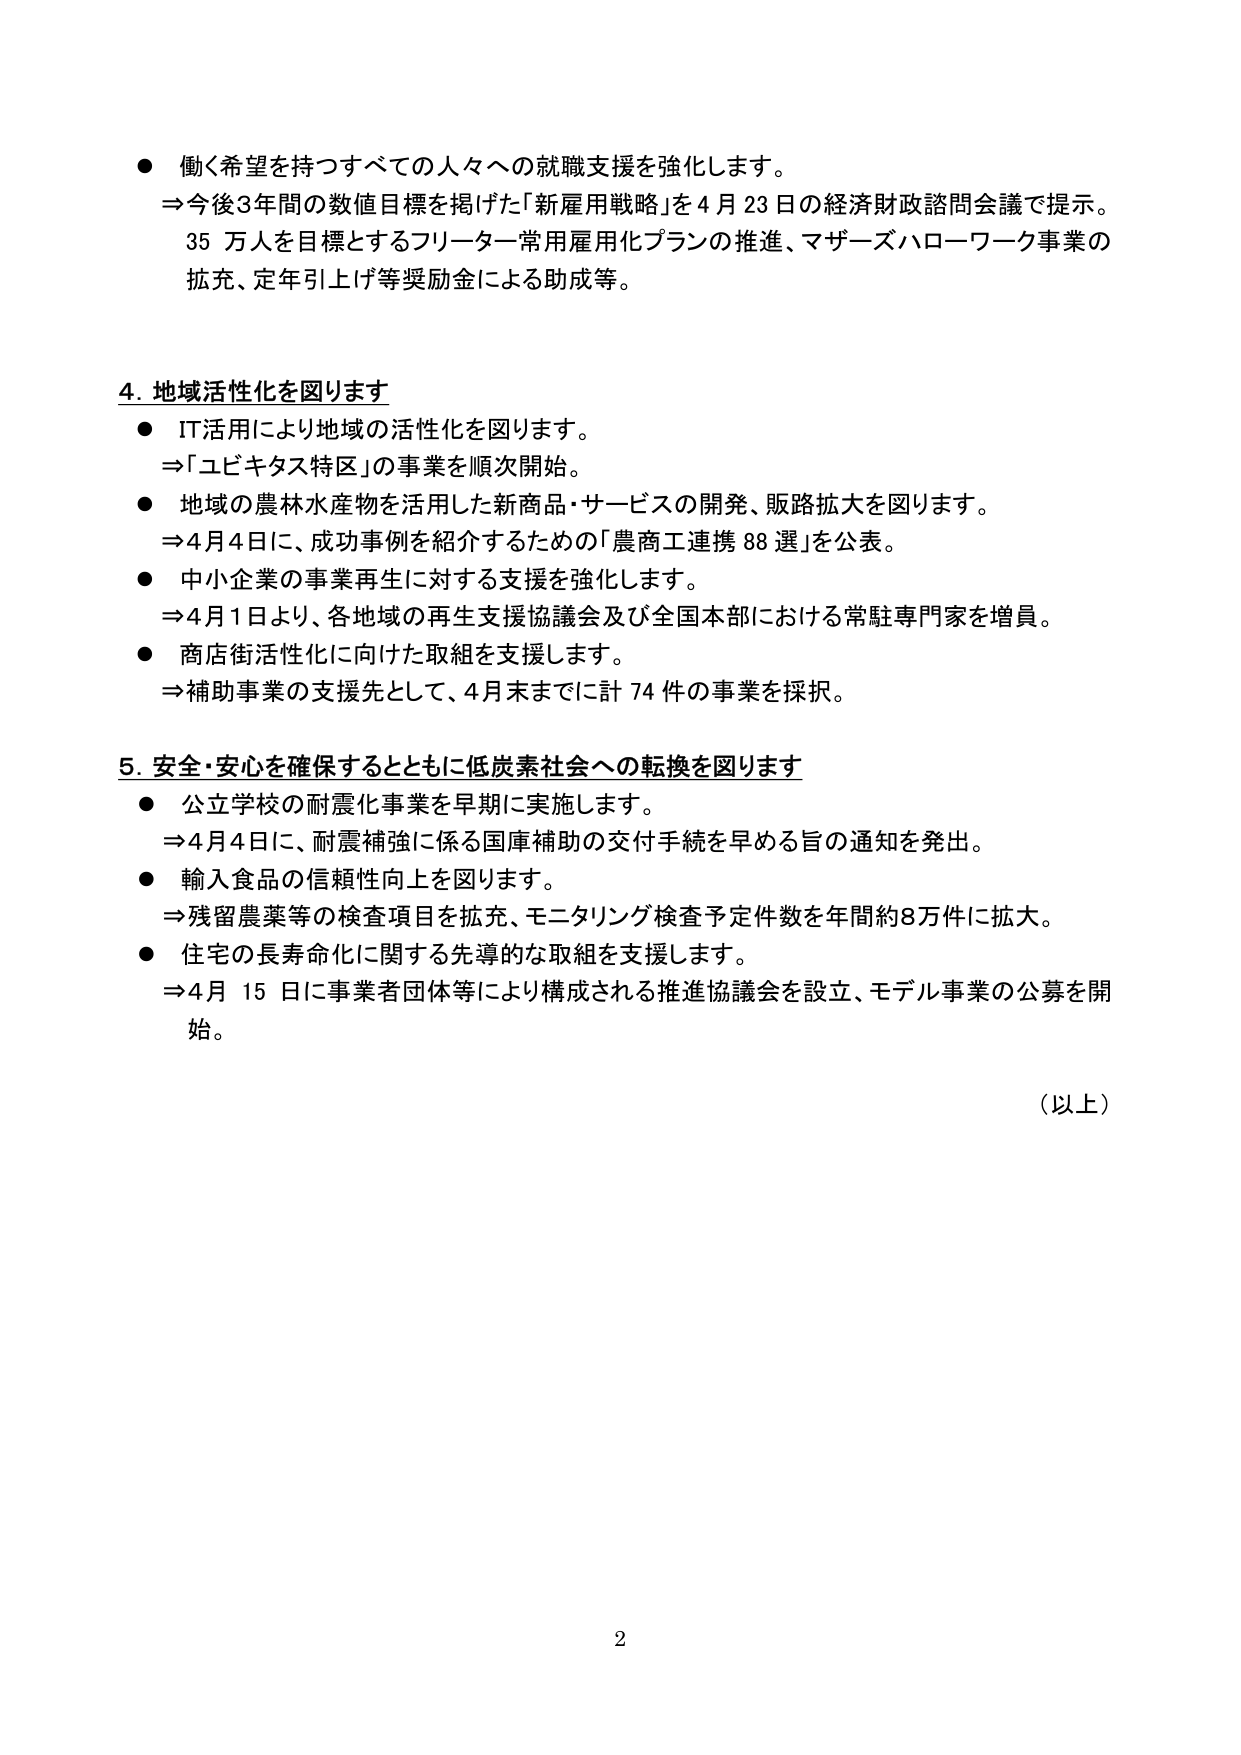
● 働く希望を持つすべての人々への就職支援を強化します。
⇒今後3年間の数値目標を掲げた「新雇用戦略」を4月23日の経済財政諮問会議で提示。
35万人を目標とするフリーター常用雇用化プランの推進、マザーズハローワーク事業の
拡充、定年引上げ等奨励金による助成等。

4. 地域活性化を図ります
● IT活用により地域の活性化を図ります。
⇒「ユビキタス特区」の事業を順次開始。
● 地域の農林水産物を活用した新商品・サービスの開発、販路拡大を図ります。
⇒4月4日に、成功事例を紹介するための「農商工連携88選」を公表。
● 中小企業の事業再生に対する支援を強化します。
⇒4月1日より、各地域の再生支援協議会及び全国本部における常駐専門家を増員。
● 商店街活性化に向けた取組を支援します。
⇒補助事業の支援先として、4月末までに計74件の事業を採択。

5. 安全・安心を確保するとともに低炭素社会への転換を図ります
● 公立学校の耐震化事業を早期に実施します。
⇒4月4日に、耐震補強に係る国庫補助の交付手続を早める旨の通知を発出。
● 輸入食品の信頼性向上を図ります。
⇒残留農薬等の検査項目を拡充、モニタリング検査予定件数を年間約8万件に拡大。
● 住宅の長寿命化に関する先導的な取組を支援します。
⇒4月15日に事業者団体等により構成される推進協議会を設立、モデル事業の公募を開始。

（以上）

2